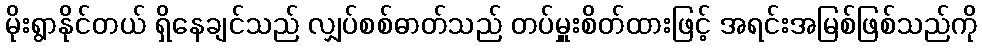
မိုးရွာနိုင်တယ် ရှိနေချင်သည် လျှပ်စစ်ဓာတ်သည် တပ်မှူးစိတ်ထားဖြင့် အရင်းအမြစ်ဖြစ်သည်ကို